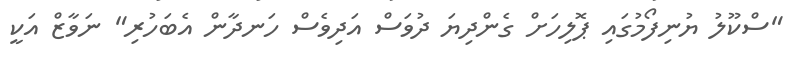
"ސްކޫލު ޔުނިފޯމުގައި ޕޮލިހަށް ގެންދިޔަ ދުވަސް އަދިވެސް ހަނދާން އެބަހުރި" ނަވާޒް އަކީ